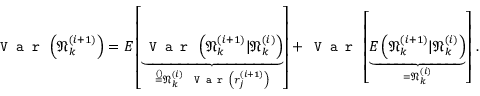
\texttt { V a r } \left( \mathfrak { N } _ { k } ^ { ( i + 1 ) } \right) = E \left[ \underbrace { \texttt { V a r } \left( \mathfrak { N } _ { k } ^ { ( i + 1 ) } | \mathfrak { N } _ { k } ^ { ( i ) } \right) } _ { \stackrel { ( ) } { = } \mathfrak { N } _ { k } ^ { ( i ) } ~ \texttt { V a r } \left( r _ { j } ^ { ( i + 1 ) } \right) } \right] + \texttt { V a r } \left[ \underbrace { E \left( \mathfrak { N } _ { k } ^ { ( i + 1 ) } | \mathfrak { N } _ { k } ^ { ( i ) } \right) } _ { = \mathfrak { N } _ { k } ^ { ( i ) } } \right] \, .